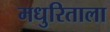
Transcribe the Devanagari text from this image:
मधुरिताला